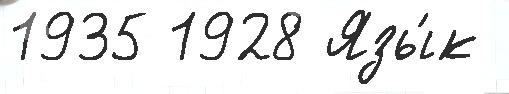
1935 1928 Язы́к